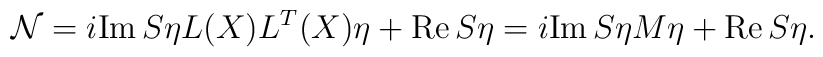
{\cal N}=i{\rm Im}\,S\eta L(X)L^T(X)\eta +{\rm Re}\,S\eta = i{\rm Im}\,S\eta M\eta +{\rm Re}\,S\eta.